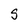
Character: S